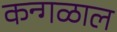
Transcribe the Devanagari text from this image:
कन्गळाल